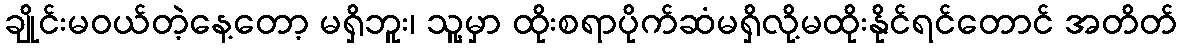
ချိုင်းမဝယ်တဲ့နေ့တော့ မရှိဘူး၊ သူ့မှာ ထိုးစရာပိုက်ဆံမရှိလို့မထိုးနိုင်ရင်တောင် အတိတ်